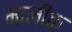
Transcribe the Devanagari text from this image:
मालीक